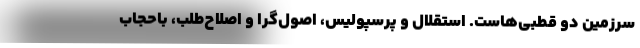
سرزمین دو قطبی‌‌هاست. استقلال و پرسپولیس، اصول‌گرا و اصلاح‌طلب، باحجاب